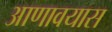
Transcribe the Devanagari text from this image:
आणावयास